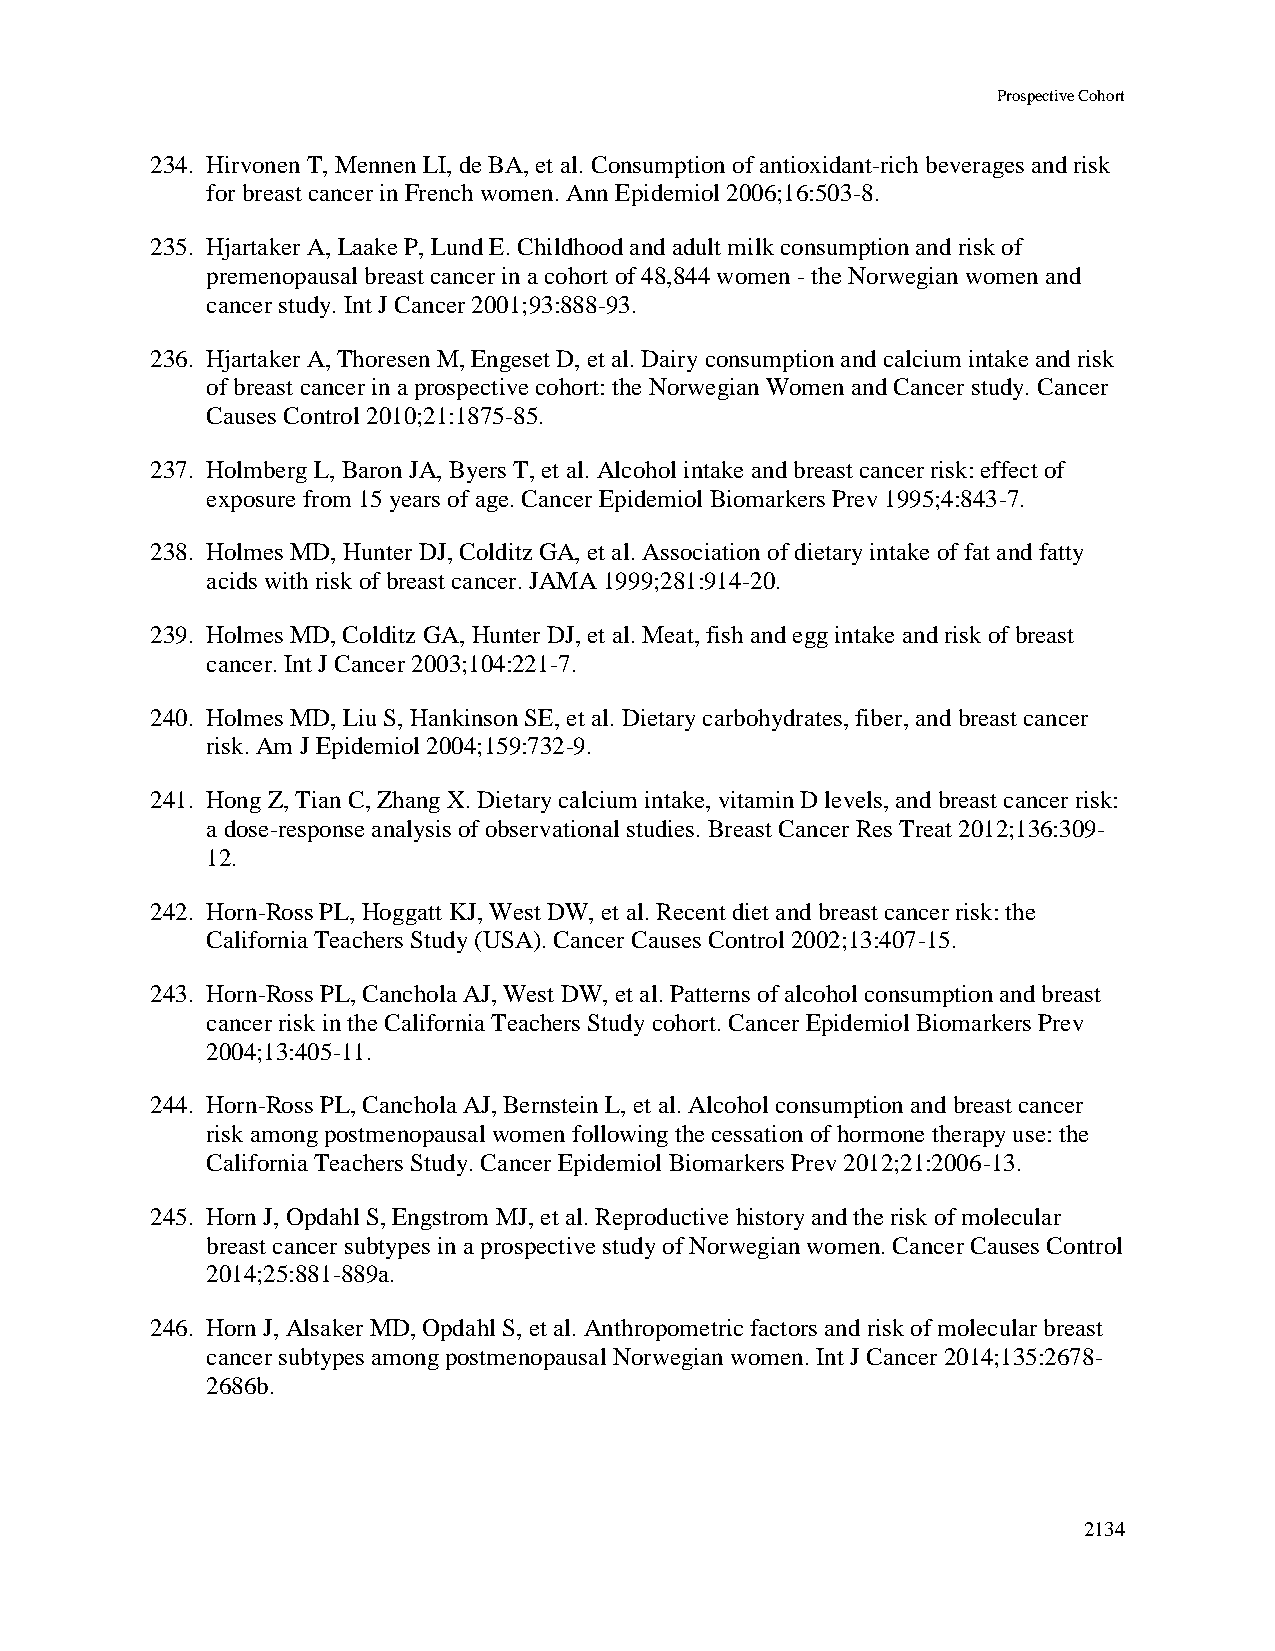
Prospective Cohort
 234. Hirvonen T, Mennen LI, de BA, et al. Consumption of antioxidant-rich beverages and risk
 for breast cancer in French women. Ann Epidemiol 2006;16:503-8.
 235. Hjartaker A, Laake P, Lund E. Childhood and adult milk consumption and risk of
 premenopausal breast cancer in a cohort of 48,844 women - the Norwegian women and
 cancer study. Int J Cancer 2001;93:888-93.
 236. Hjartaker A, Thoresen M, Engeset D, et al. Dairy consumption and calcium intake and risk
 of breast cancer in a prospective cohort: the Norwegian Women and Cancer study. Cancer
 Causes Control 2010;21:1875-85.
 237. Holmberg L, Baron JA, Byers T, et al. Alcohol intake and breast cancer risk: effect of
 exposure from 15 years of age. Cancer Epidemiol Biomarkers Prev 1995;4:843-7.
 238. Holmes MD, Hunter DJ, Colditz GA, et al. Association of dietary intake of fat and fatty
 acids with risk of breast cancer. JAMA 1999;281:914-20.
 239. Holmes MD, Colditz GA, Hunter DJ, et al. Meat, fish and egg intake and risk of breast
 cancer. Int J Cancer 2003;104:221-7.
 240. Holmes MD, Liu S, Hankinson SE, et al. Dietary carbohydrates, fiber, and breast cancer
 risk. Am J Epidemiol 2004;159:732-9.
 241. Hong Z, Tian C, Zhang X. Dietary calcium intake, vitamin D levels, and breast cancer risk:
 a dose-response analysis of observational studies. Breast Cancer Res Treat 2012;136:309-
 12.
 242. Horn-Ross PL, Hoggatt KJ, West DW, et al. Recent diet and breast cancer risk: the
 California Teachers Study (USA). Cancer Causes Control 2002;13:407-15.
 243. Horn-Ross PL, Canchola AJ, West DW, et al. Patterns of alcohol consumption and breast
 cancer risk in the California Teachers Study cohort. Cancer Epidemiol Biomarkers Prev
 2004;13:405-11.
 244. Horn-Ross PL, Canchola AJ, Bernstein L, et al. Alcohol consumption and breast cancer
 risk among postmenopausal women following the cessation of hormone therapy use: the
 California Teachers Study. Cancer Epidemiol Biomarkers Prev 2012;21:2006-13.
 245. Horn J, Opdahl S, Engstrom MJ, et al. Reproductive history and the risk of molecular
 breast cancer subtypes in a prospective study of Norwegian women. Cancer Causes Control
 2014;25:881-889a.
 246. Horn J, Alsaker MD, Opdahl S, et al. Anthropometric factors and risk of molecular breast
 cancer subtypes among postmenopausal Norwegian women. Int J Cancer 2014;135:2678-
 2686b.
 2134